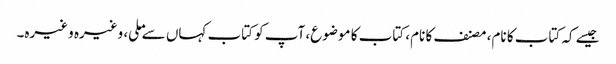
جیسے کہ کتاب کا نام، مصنف کا نام، کتاب کا موضوع، آپ کو کتاب کہاں سے ملی، وغیرہ وغیرہ۔